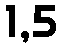
1,5